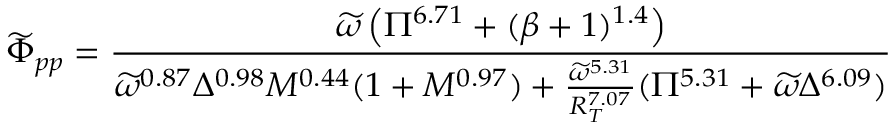
\widetilde { \Phi } _ { p p } = \frac { \widetilde { \omega } \left( \Pi ^ { 6 . 7 1 } + ( \beta + 1 ) ^ { 1 . 4 } \right) } { \widetilde { \omega } ^ { 0 . 8 7 } \Delta ^ { 0 . 9 8 } M ^ { 0 . 4 4 } ( 1 + M ^ { 0 . 9 7 } ) + \frac { \widetilde { \omega } ^ { 5 . 3 1 } } { R _ { T } ^ { 7 . 0 7 } } ( \Pi ^ { 5 . 3 1 } + \widetilde { \omega } \Delta ^ { 6 . 0 9 } ) }